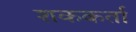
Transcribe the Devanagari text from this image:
शककर्ता